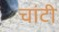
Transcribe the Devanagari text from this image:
चांटी